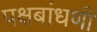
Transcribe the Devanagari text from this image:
पक्षबांधणी